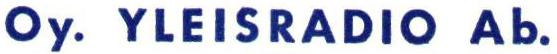
Oy. YLEISRADIO Ab.